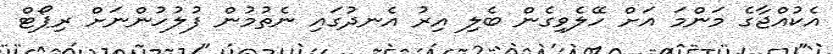
އެކުއްޖާގެ މަންމަ އަށް ހޭލެވިގެން ބެލި އިރު އެނދުގައި ނެތުމުން ފުލުހުންނަށް ރިޕޯޓް